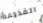
القذيفة